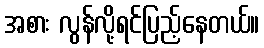
အစား လွန်လို့ရင်ပြည့်နေတယ်။